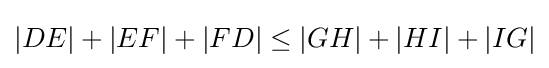
|DE|+|EF|+|FD|\leq |GH|+|HI|+|IG|